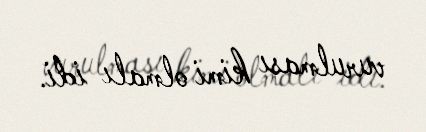
vurulması kimi olmalı idi.